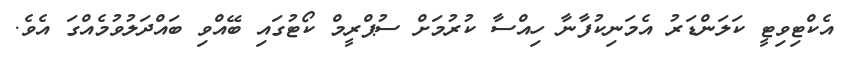
އެކްޓިވިޓީ ކަލަންޑަރު އެމަނިކުފާނާ ހިއްސާ ކުރުމަށް ސުޕްރީމް ކޯޓުގައި ބޭއްވި ބައްދަލުވުމެއްގަ އެވެ.